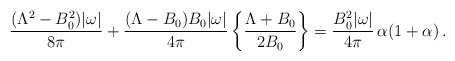
\begin{align*}\frac{(\Lambda^2-B_0^2)|\omega|}{8\pi}+\frac{(\Lambda-B_0)B_0|\omega|}{4\pi}\left\{\frac{\Lambda+B_0}{2B_0}\right\}= \frac{B_0^2|\omega|}{4\pi}\,\alpha(1+\alpha)\,.\end{align*}